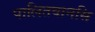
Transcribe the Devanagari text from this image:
पालितवानसि